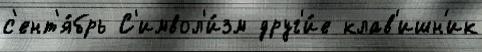
с'ент'я́брь С'имвол'и́зм друг'и́е клав'ишн'ик